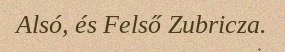
Alsó, és Felső Zubricza.